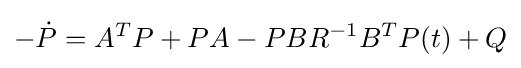
-{\dot {P}}=A^{T}P+PA-PBR^{-1}B^{T}P(t)+Q